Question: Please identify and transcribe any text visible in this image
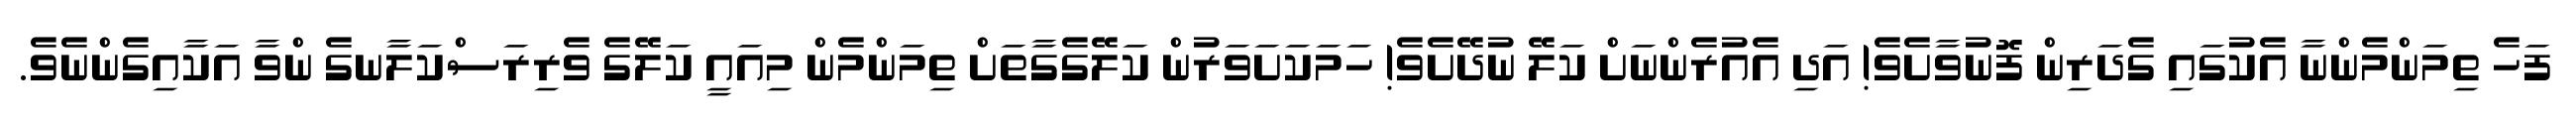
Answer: ފަހެ ތިމަންމެންނާ އެކުގައި ގެދަރިން ފޮނުވާށެވެ! އަދި އެއުރެންނަށް ކަލޭ ނުދޭށެވެ! ހަމަކަށަވަރުން ކަލޭގެގާތަށް ތިމަންމެން މިއައީ ކަލޭގެ ވެރިރަސްކަލާނގެ ންވާ އަކާއިގެންނެވެ.